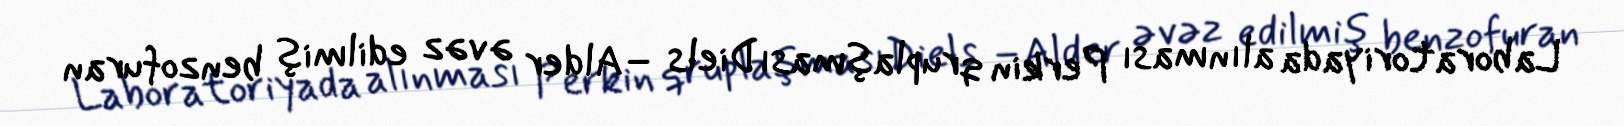
Laboratoriyada alınması Perkin qruplaşmasıDiels –Alder əvəz edilmiş benzofuran